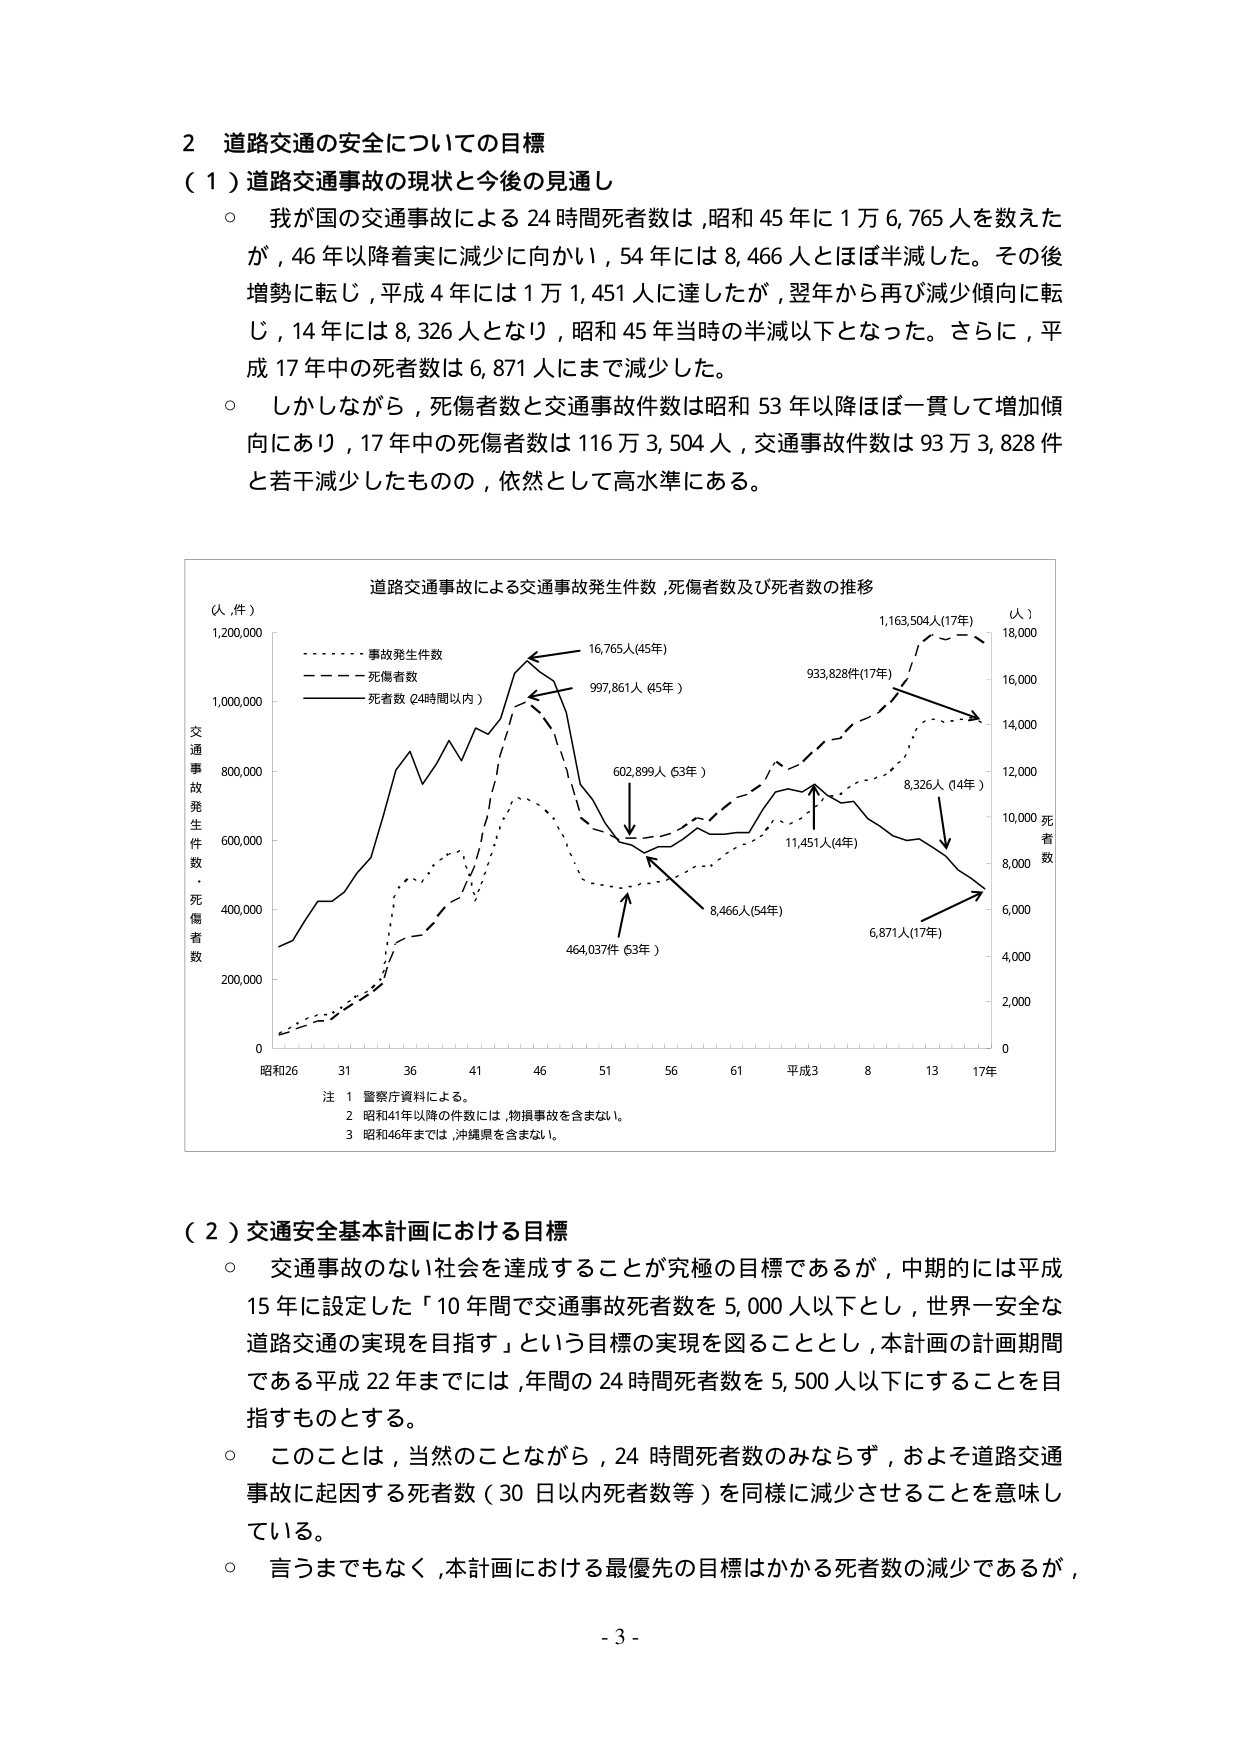
2 道路交通の安全についての目標
（１）道路交通事故の現状と今後の見通し
○ 我が国の交通事故による24時間死者数は、昭和45年に1万6,765人を数えたが、46年以降着実に減少に向かい、54年には8,466人とほぼ半減した。その後増勢に転じ、平成4年には1万1,451人に達したが、翌年から再び減少傾向に転じ、14年には8,326人となり、昭和45年当時の半減以下となった。さらに、平成17年中の死者数は6,871人にまで減少した。
○ しかしながら、死傷者数と交通事故件数は昭和53年以降ほぼ一貫して増加傾向にあり、17年中の死傷者数は116万3,504人、交通事故件数は93万3,828件と若干減少したものの、依然として高水準にある。

道路交通事故による交通事故発生件数、死傷者数及び死者数の推移
（人、件）
1,200,000
1,000,000
800,000
600,000
400,000
200,000
0
交通事故発生件数・死傷者数
昭和26 31 36 41 46 51 56 61 平成3 8 13 17年
（人）
18,000
16,000
14,000
12,000
10,000 死者数
8,000
6,000
4,000
2,000
0
・事故発生件数
・死傷者数
・死者数（24時間以内）
16,765人（45年）
997,861人（45年）
602,899人（53年）
464,037件（53年）
8,466人（54年）
11,451人（4年）
933,828件（17年）
8,326人（14年）
6,871人（17年）
1,163,504人（17年）
注 1 警察庁資料による。
2 昭和41年以降の件数には、物損事故を含まない。
3 昭和46年までは、沖縄県を含まない。

（２）交通安全基本計画における目標
○ 交通事故のない社会を達成することが究極の目標であるが、中期的には平成15年に設定した「10年間で交通事故死者数を5,000人以下とし、世界一安全な道路交通の実現を目指す」という目標の実現を図ることとし、本計画の計画期間である平成22年までには、年間の24時間死者数を5,500人以下にすることを目指すものとする。
○ このことは、当然のことながら、24時間死者数のみならず、およそ道路交通事故に起因する死者数（30日以内死者数等）を同様に減少させることを意味している。
○ 言うまでもなく、本計画における最優先の目標はかかる死者数の減少であるが、

- 3 -